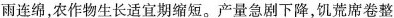
雨连绵，农作物生长适宜期缩短。产量急剧下降，饥荒席卷整